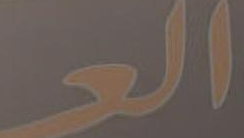
العـ